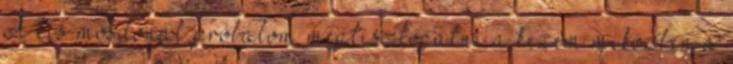
A kis mosdónál próbálom megtisztogatni a kezem miközben a